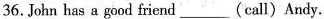
36.John has a good friend ___ (call) Andy.